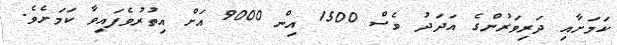
ކަމަށާއި ދަރިވަރުންގެ އަދަދު ވެސް 1500 އިން 9000 އަށް އިތުރުވެފައިވާ ކަމަށެވެ.